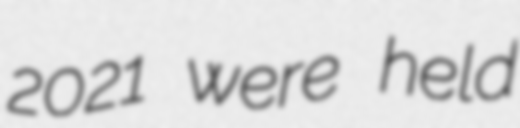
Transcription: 2021 were held